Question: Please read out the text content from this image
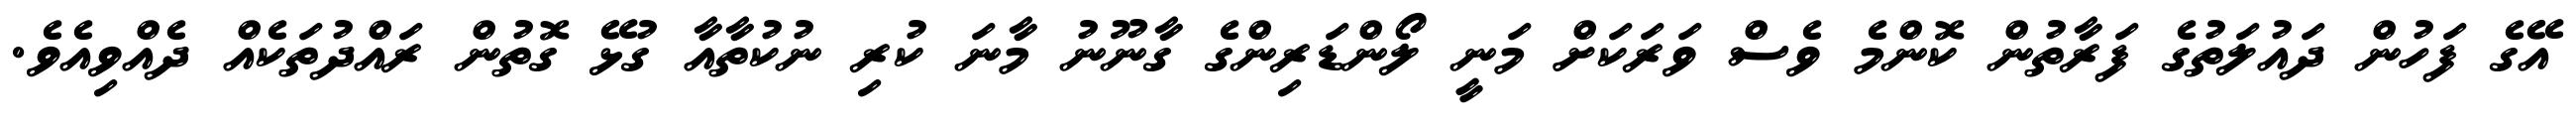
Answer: އޭގެ ފަހުން ދައުލަތުގެ ފަރާތުން ކޮންމެ ވެސް ވަރަކަށް މަނީ ލޯންޑަރިންގެ ގާނޫނު މާނަ ކުރި ނުކުތާއާ ގުޅޭ ގޮތުން ރައްދުތަކެއް ދެއްވިއެވެ.